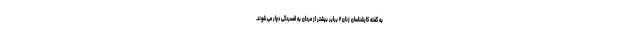
به گفته کارشناسان زنان ۲ برابر بیشتر از مردان به افسردگی دچار می شوند.